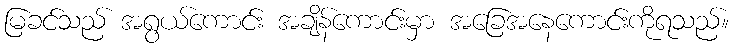
မြခင်သည် အရွယ်ကောင်း အချိန်ကောင်းမှာ အခြေအနေကောင်းကိုရသည်။